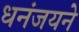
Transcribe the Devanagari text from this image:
धनंजयने